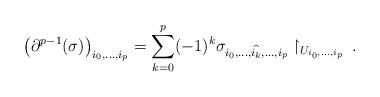
LaTeX: \begin{align*} \left(\partial^{p-1}(\sigma)\right)_{i_0, \dots, i_p}=\sum_{k=0}^{p}(-1)^k\sigma_{i_0, \dots, \widehat{i_k}, \dots, i_p}\restriction_{U_{i_0, \dots, i_p}} \, . \end{align*}